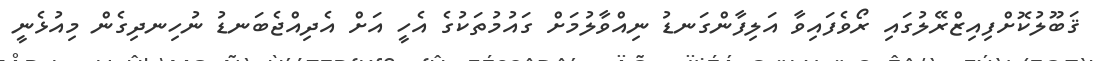
ޤަބޫލުކޮށްފިއިޒްރޭލުގައި ރޯވެފައިވާ އަލިފާންގަނޑު ނިއްވާލުމަށް ގައުމުތަކުގެ އެހީ އަށް އެދިއްޖެބަނޑު ނުހިނދިގެން މިއުޅެނީ